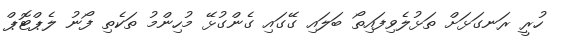
ހުރީ ރަނގަޅަށް ތަޅުލެވިފައިތޯ ބަލައި ގޭގައި ގެންގުޅޭ މުހިންމު ތަކެތި ފޯނު ލެޕްޓޮޕް